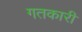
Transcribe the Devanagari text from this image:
गतकारी